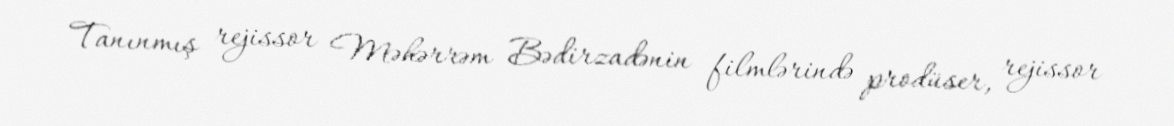
Tanınmış rejissor Məhərrəm Bədirzadənin filmlərində prodüser, rejissor